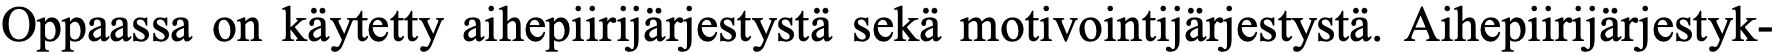
Oppaassa on käytetty aihepiirijärjestystä sekä motivointijärjestystä. Aihepiirijärjestyk-